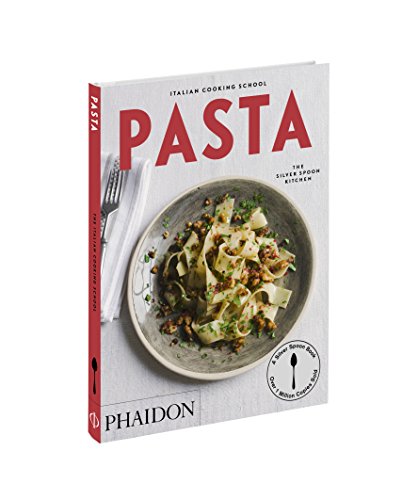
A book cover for Italian Cooking School: Pasta (Italian Cooking School: Silver Spoon Cookbooks); The Silver Spoon Kitchen; Cookbooks, Food & Wine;